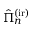
\hat { \Pi } _ { n } ^ { \mathrm { ( i r ) } }